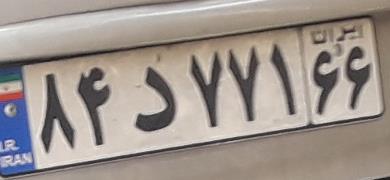
۸۴د۷۷۱۶۶